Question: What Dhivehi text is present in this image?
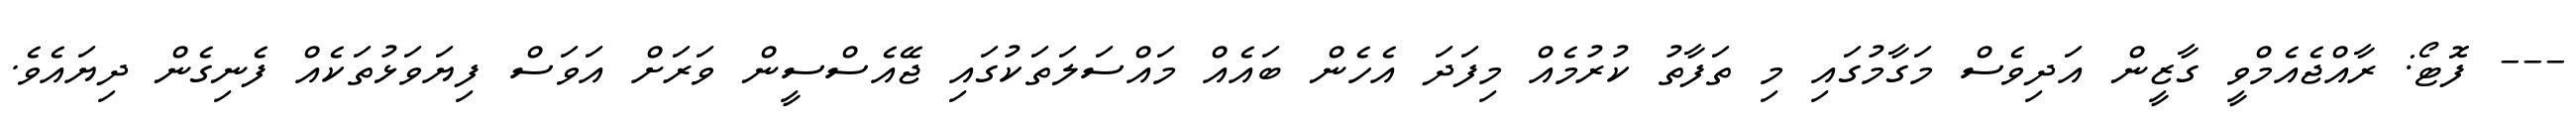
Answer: --- ފޮޓޯ: ރާއްޖެއެމްވީ ގާޒީން އަދިވެސް މަގާމުގައި މި ތަފާތު ކުރުމެއް މިފަދަ އެހެން ބައެއް މައްސަލަތަކުގައި ޖޭއެސްސީން ވަރަށް އަވަސް ފިޔަވަޅުތަކެއް ފެނިގެން ދިޔައެވެ.